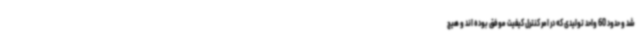
شد و حدود 60 واحد تولیدی که در امر کنترل کیفیت موفق بوده اند و هیچ